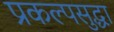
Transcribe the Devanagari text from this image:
प्रकल्पसुद्धा